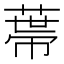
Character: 𦷾